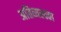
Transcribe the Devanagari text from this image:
अतिव्यस्तता